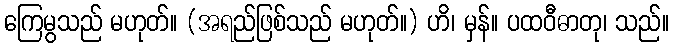
ကြေမွသည် မဟုတ်။ (အရည်ဖြစ်သည် မဟုတ်။) ဟိ၊ မှန်။ ပထဝီဓာတု၊ သည်။